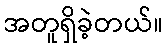
အတူရှိခဲ့တယ်။